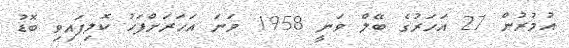
އުމުރުން 27 އަހަރުގެ ބޭލް ވަނީ 1958 ވަނަ އަހަރަށްފަހު ކޮލިފައިވި ބޮޑު